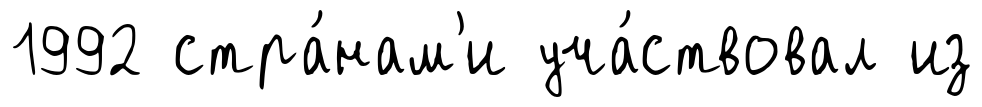
1992 стра́нам'и уча́ствовал из